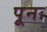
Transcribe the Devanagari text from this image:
पूनः